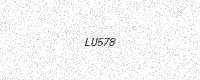
Text: LU578